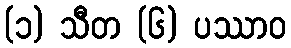
(၁) သီတ (၆) ပဿာဝ